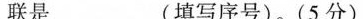
联是 (填写序号)(5分)